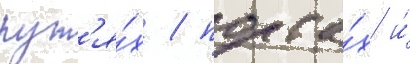
пут'я́х / порта́х и́